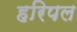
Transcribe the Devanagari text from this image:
हरिपल